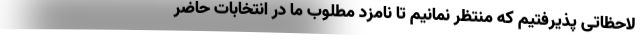
لاحظاتی پذیرفتیم که منتظر نمانیم تا نامزد مطلوب ما در انتخابات حاضر